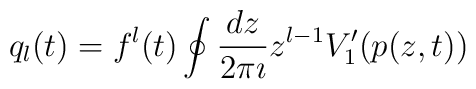
q_l(t) = f^l(t) \oint \frac{dz}{2\pi \imath} z^{l-1} V_1'(p(z,t))